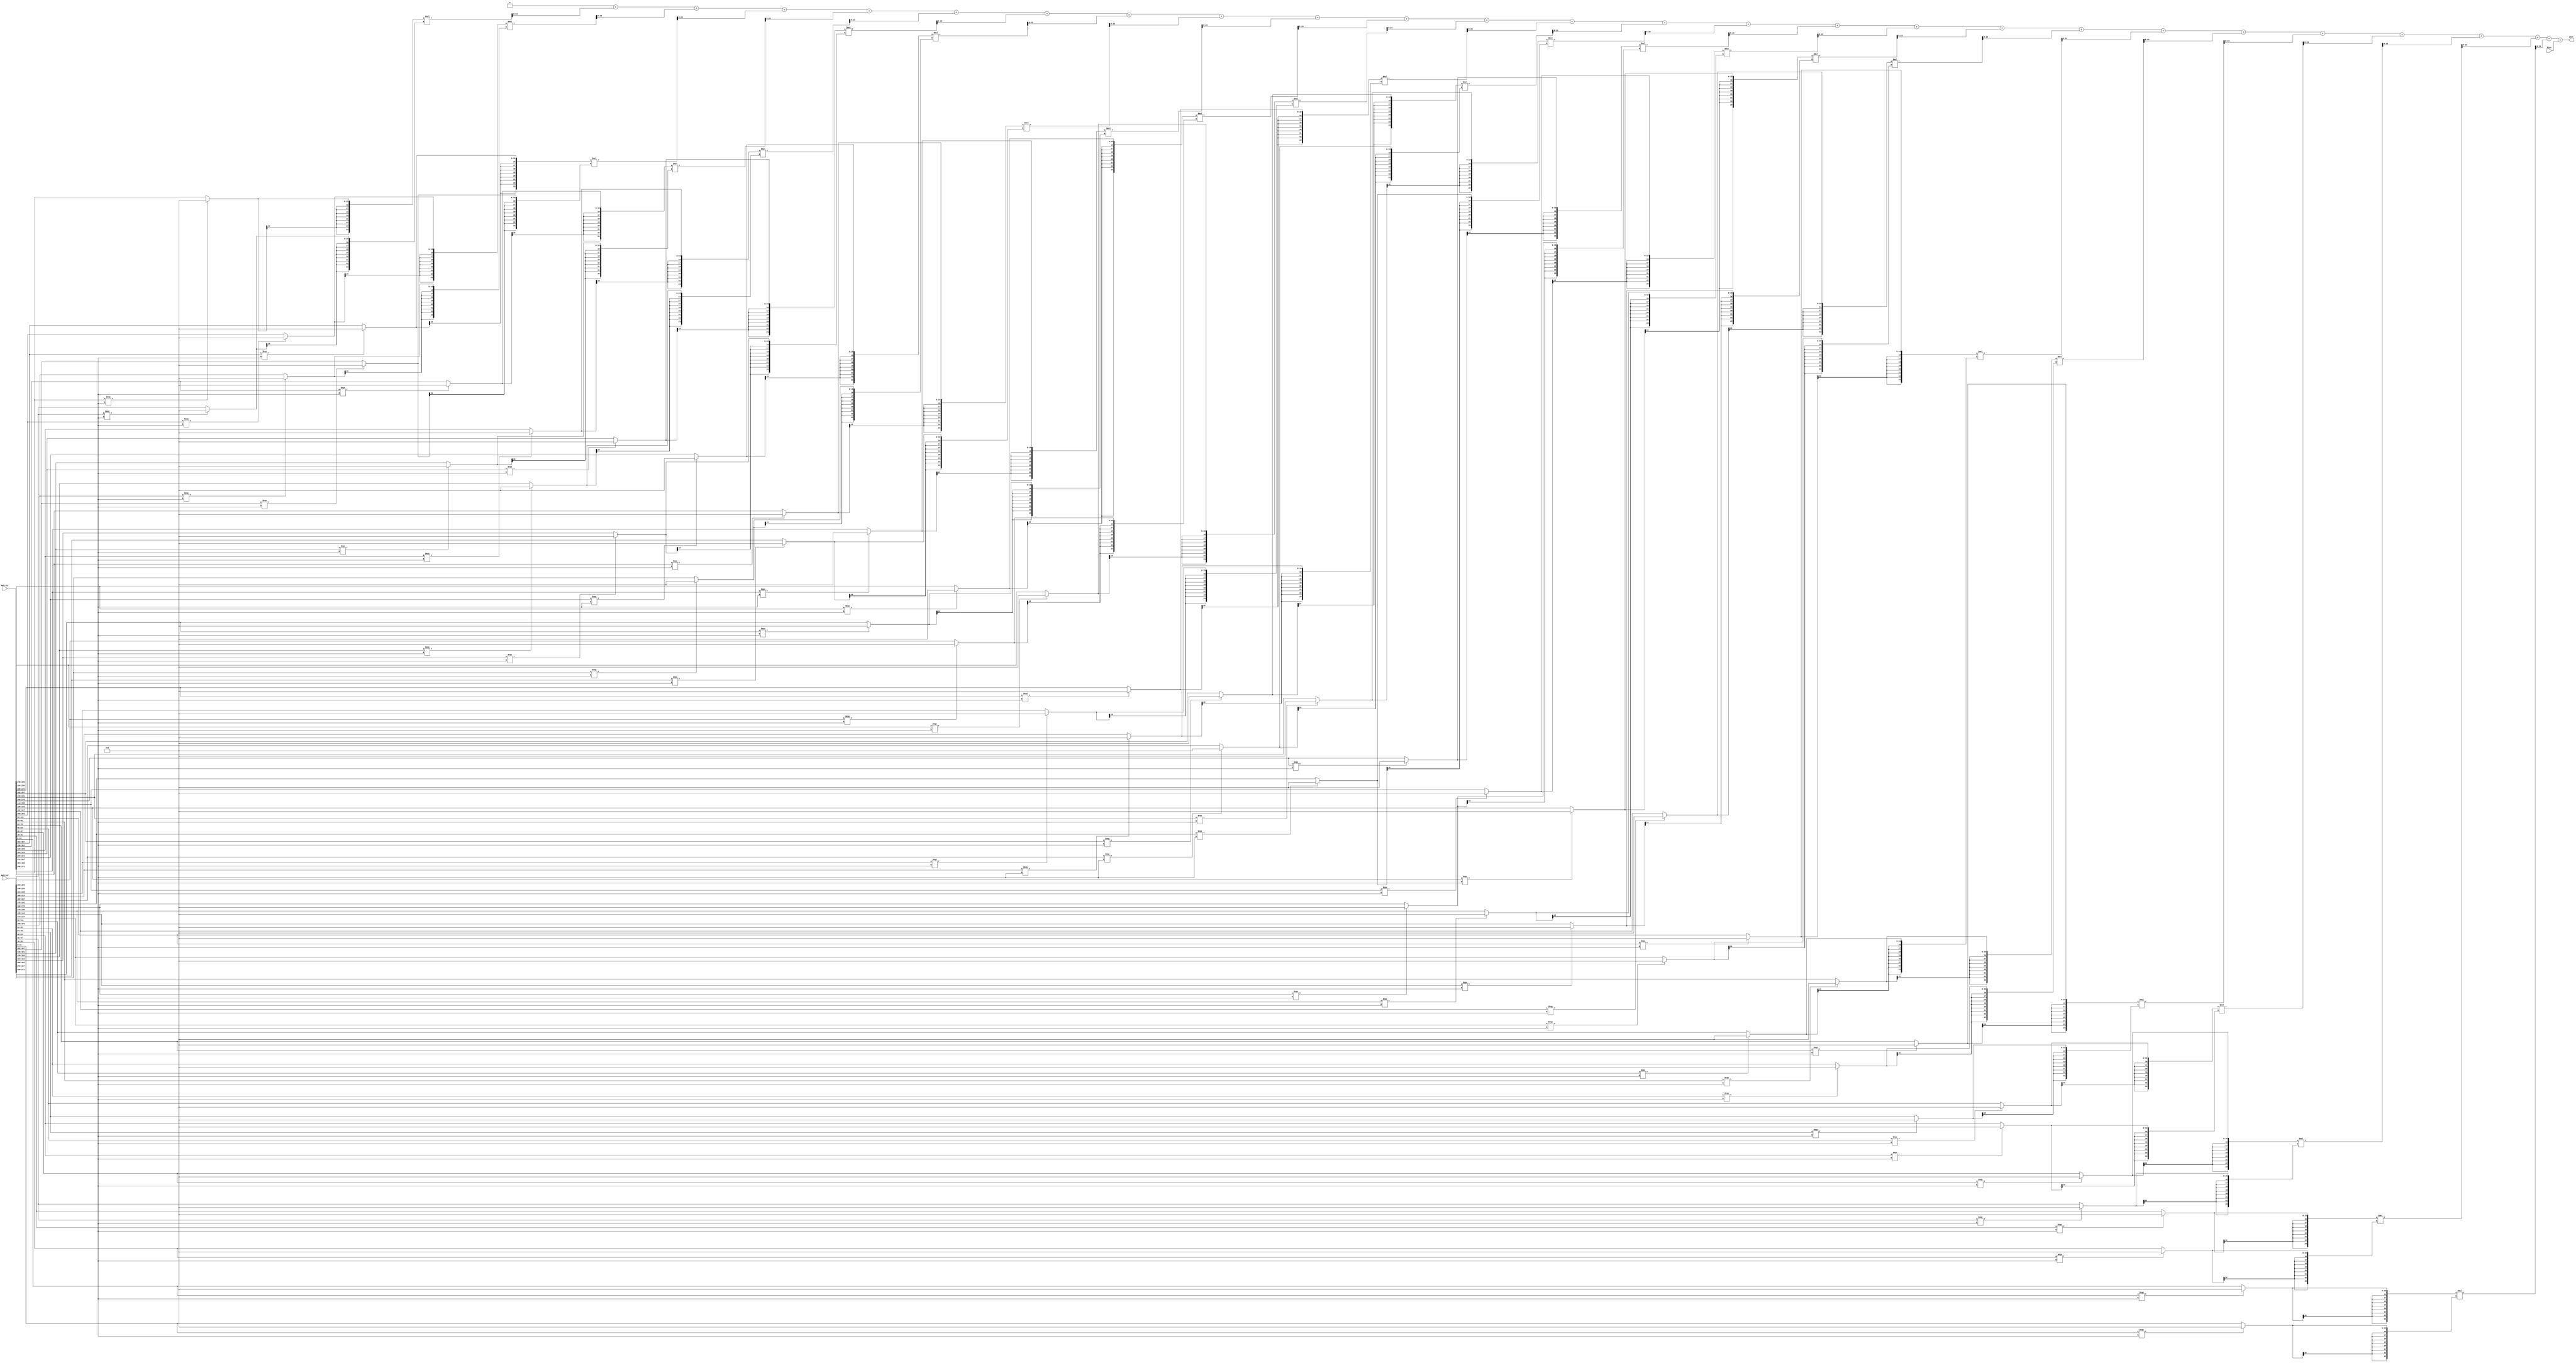
`timescale 1ns / 1ps
//////////////////////////////////////////////////////////////////////////////////
// Company: 
// Engineer: 
// 
// Design Name: 
// Module Name: multi_add
// Project Name: 
// Target Devices: 
// Tool Versions: 
// Description: 
// 
// Dependencies: 
// 
// Revision:
// Revision 0.01 - File Created
// Additional Comments:
// 
//////////////////////////////////////////////////////////////////////////////////

`define LENGTH 5
`define WIDTH 5
`define DATA_SIZE 16

module multi_add(
    matrix1, matrix2, bias, dout
    );
    input signed [`DATA_SIZE*`LENGTH*`WIDTH-1:0] matrix1;
    input signed [`DATA_SIZE*`LENGTH*`WIDTH-1:0] matrix2;
    input signed[`DATA_SIZE-1:0] bias;

    output [`DATA_SIZE-1:0] dout;
    
    reg [2*`DATA_SIZE-1:0] temp;
    reg sign;
    reg signed [`DATA_SIZE-1:0] item1;
    reg signed [`DATA_SIZE-1:0] item2;
    reg signed [2*(`DATA_SIZE-1)-1:0] midvalue;
    reg [`DATA_SIZE-1:0] result;

    

    
    integer i = 0;
    integer data_begin = 0;
    
    assign dout = result;
    
    always@(*)
    begin
        temp = 16'b0;
        sign = 1'b0;
        item1 = 16'b0;
        item2 = 16'b0;
        midvalue = 16'b0;
        for(i = 0; i < `LENGTH*`WIDTH; i = i + 1)
        begin
            data_begin = `DATA_SIZE * (`LENGTH * `WIDTH - i) - 1;
            item1 = matrix1[data_begin-:`DATA_SIZE];
            item2 = matrix2[data_begin-:`DATA_SIZE];
            if (item1 === 16'bxxxxxxxxxxxxxxxx)
                item1 = 0;
            if (item2 === 16'bxxxxxxxxxxxxxxxx)
                item2 = 0;
            midvalue = ({{8{item1[`DATA_SIZE-1]}},item1[`DATA_SIZE-1:0]} * {{8{item2[`DATA_SIZE-1]}},item2[`DATA_SIZE-1:0]}) >>> 8;
            temp = temp + midvalue;
        end
        result = temp + bias;

    end
endmodule